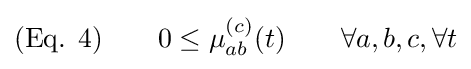
{\text{(Eq. 4)}}\qquad 0\leq \mu _{ab}^{(c)}(t)\qquad \forall a,b,c,\forall t